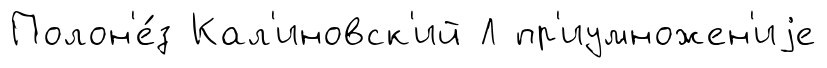
Полон'е́з Кал'иновск'ий Л пр'иумножен'иjе